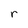
Character: r